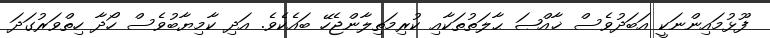
ފޫޅުމައިންނަކީ އަބަދުވެސް ޚާއްޞަ ޙާލަތުތަކާއި ކުރިމަތިލާންޖެހޭ ބައެކެވެ. އަދި ކާމިޔާބުވެސް ހޯދާ ހިތްވަރުގަދަ